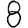
Digit: 8